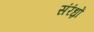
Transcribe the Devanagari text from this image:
संरंध्रों